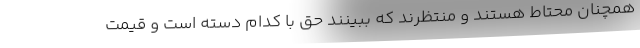
همچنان محتاط هستند و منتظرند که ببینند حق با کدام دسته است و قیمت